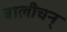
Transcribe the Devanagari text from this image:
बालीचन्